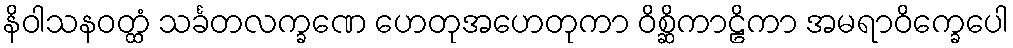
နိဝါသနဝတ္ထံ သင်္ခတလက္ခဏေ ဟေတုအဟေတုကာ ဝိစ္ဆိကာဠိကာ အမရာဝိက္ခေပေါ